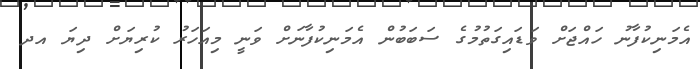
އެމަނިކުފާނު ހައްޖަށް ވަޑައިގަތުމުގެ ސަބަބުން އެމަނިކުފާނަށް ވަނީ މިއަހަރު ކުރިޔަށް ދިޔަ އދ